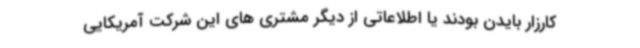
کارزار بایدن بودند یا اطلاعاتی از دیگر مشتری های این شرکت آمریکایی